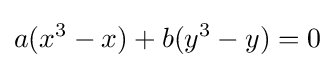
a(x^{3}-x)+b(y^{3}-y)=0